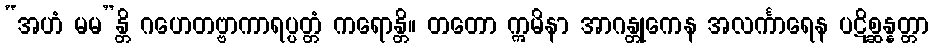
“အဟံ မမ”န္တိ ဂဟေတဗ္ဗာကာရပ္ပတ္တံ ကရောန္တိ။ တတော ဣမိနာ အာဂန္တုကေန အလင်္ကာရေန ပဋိစ္ဆန္နတ္တာ